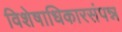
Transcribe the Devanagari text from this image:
विशेषाधिकारसंपन्न